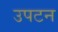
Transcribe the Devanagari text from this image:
उपटन